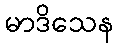
မာဒိသေန